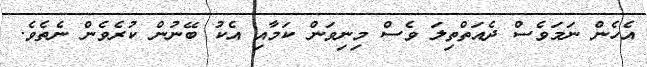
އެހެން ނަމަވެސް ދެއަތްތިލަ ވެސް މިނިވަން ކަމާއި އެކު ބޭނުން ކުރެވެން ނެތެވެ.